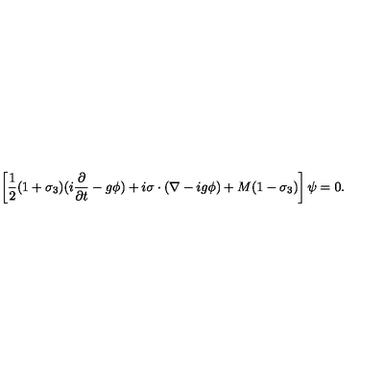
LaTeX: \left[ { \frac { 1 } { 2 } } ( 1 + \sigma _ { 3 } ) ( i { \frac { \partial } { \partial t } } - g \phi ) + i \mathrm { \boldmath \sigma } \cdot ( \mathrm { \boldmath \nabla } - i g \mathrm { \boldmath \phi } ) + M ( 1 - \sigma _ { 3 } ) \right] \psi = 0 .